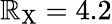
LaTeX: \mathbb{R}_{\mathrm{{X}}}=4.2